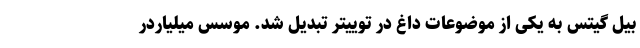
بیل‌ گیتس به یکی از موضوعات داغ در توییتر تبدیل شد. موسس میلیاردر